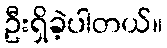
ဦးရှိခဲ့ပါတယ်။